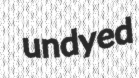
undyed